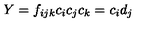
Y = f _ { i j k } c _ { i } c _ { j } c _ { k } = c _ { i } d _ { j }